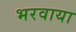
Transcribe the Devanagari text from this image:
भरवाया